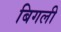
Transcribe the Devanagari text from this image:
बिगली